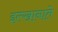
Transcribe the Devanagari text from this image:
इल्खानाते